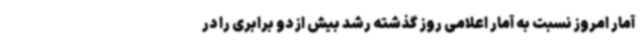
آمار امروز نسبت به آمار اعلامی روز گذشته رشد بیش از دو برابری را در